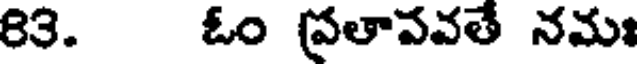
83. ఓం (ప్రతావవతే నమః